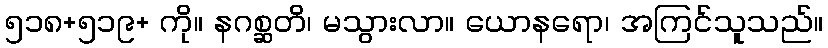
၅၁၈+၅၁၉+ ကို။ နဂစ္ဆတိ၊ မသွားလာ။ ယောနရော၊ အကြင်သူသည်။